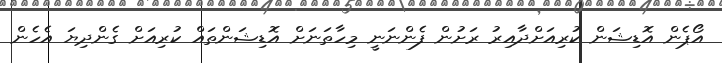
އޯޕެން އޮޑިޝަން ކުރިއަށްދާއިރު ރަށުން ފެންނަނީ މިހާތަނަށް އޮޑިޝަންތައް ކުރިއަށް ގެންދިޔަ އެހެން